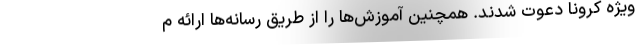
ویژه کرونا دعوت شدند. همچنین آموزش‌ها را از طریق رسانه‌ها ارائه م